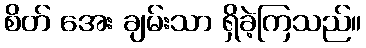
စိတ် အေး ချမ်းသာ ရှိခဲ့ကြသည်။